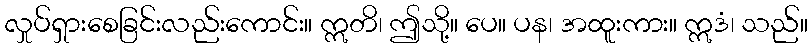
လှုပ်ရှားစေခြင်းလည်းကောင်း။ ဣတိ၊ ဤသို့။ ပေ။ ပန၊ အထူးကား။ ဣဒံ၊ သည်။